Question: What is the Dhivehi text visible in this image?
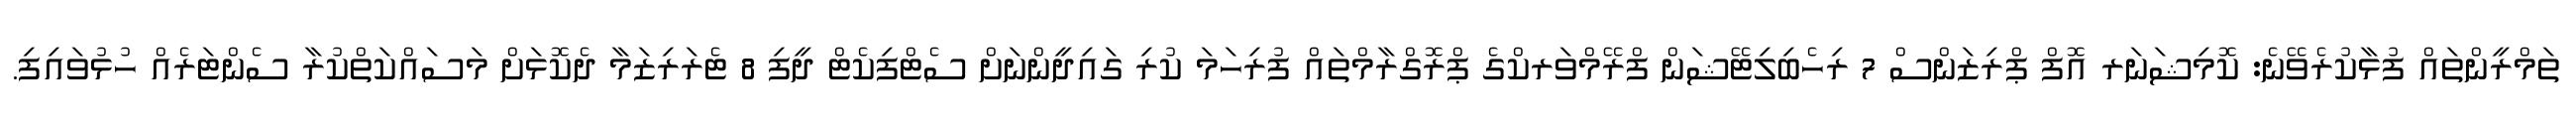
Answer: ތަމްރީންތައް ފުޅާކުރެވޭނެ: ކޮމިޝަނަރ އޮފް ޕްރިޒަންސް 7 ރިހެބިލިޓޭޝަން ފްރޭމްވަރކްގެ ޕްރޮގްރާމްތައް ފުރިހަމަ ކުރި ގައިދީންނަށް ސެޓްފިކެޓް ދީފި 8 ޓެރަރިޒަމާ ދެކޮޅަށް މަސައްކަތްކުރާ ސެންޓަރެއް ހުޅުވައިފި.